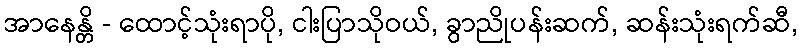
အာနေန္တိ - ထောင့်သုံးရာပို, ငါးပြာသိုဝယ်, ခွာညိုပန်းဆက်, ဆန်းသုံးရက်ဆီ,